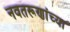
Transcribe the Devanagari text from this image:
नवतरूणांच्या